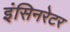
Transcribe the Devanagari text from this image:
इंसिनरेटर